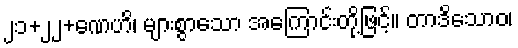
၂၁+၂၂+ဏေဟိ၊ များစွာသော အကြောင်းတို့ဖြင့်။ တာဒိသောဝ၊